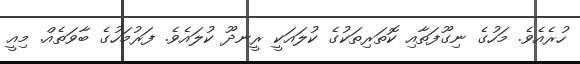
ހުރެއެވެ. މަހުގެ ނިގޫފަތާއި ކޮތަރިތަކުގެ ކުލައަކީ ރީނދޫ ކުލައެވެ. ފަރުމަހުގެ ބާވަތެއް. މިއީ